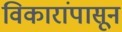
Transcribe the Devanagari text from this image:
विकारांपासून